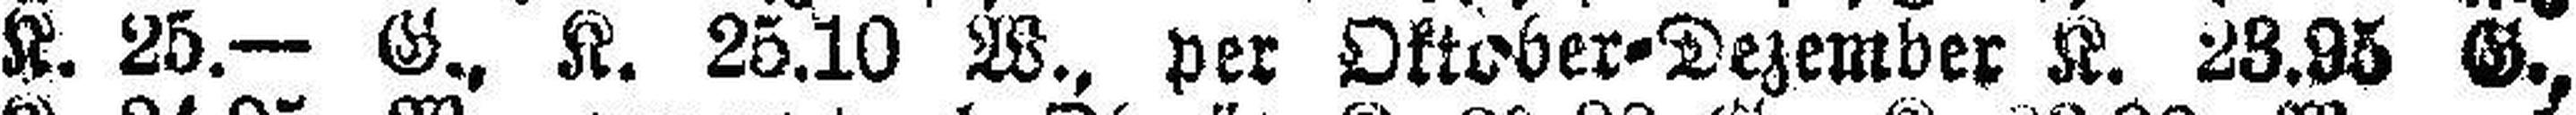
K. 25.— G. K. 25.10 W., per Oktober=Dezember K. 23.95 G.,